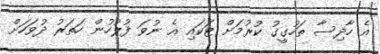
އެ ހާދިސާ ތަހުގީގު ކުރުމަށް ޓަކައި އެ ނުވަ ފުލުހުން ހަތަރު ދުވަހަށް